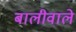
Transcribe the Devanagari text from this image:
बालीवाले